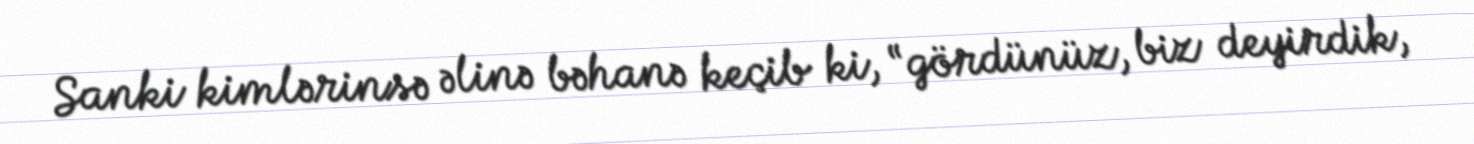
Sanki kimlərinsə əlinə bəhanə keçib ki, “gördünüz, biz deyirdik,